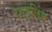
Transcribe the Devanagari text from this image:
यांग्लिंग